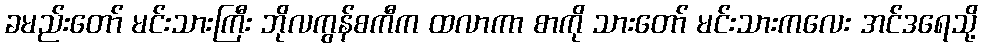
ခမည်းတော် မင်းသားကြီး ဘိုလကွန်စကီက ထလာကာ စာကို သားတော် မင်းသားကလေး အင်ဒရေသို့